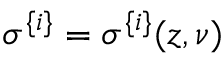
\sigma ^ { \{ i \} } = \sigma ^ { \{ i \} } ( z , \nu )